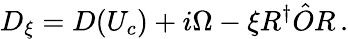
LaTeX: D_{\xi}=D(U_{c})+i\Omega-\xi R^{\dagger}\hat{O}R\, .